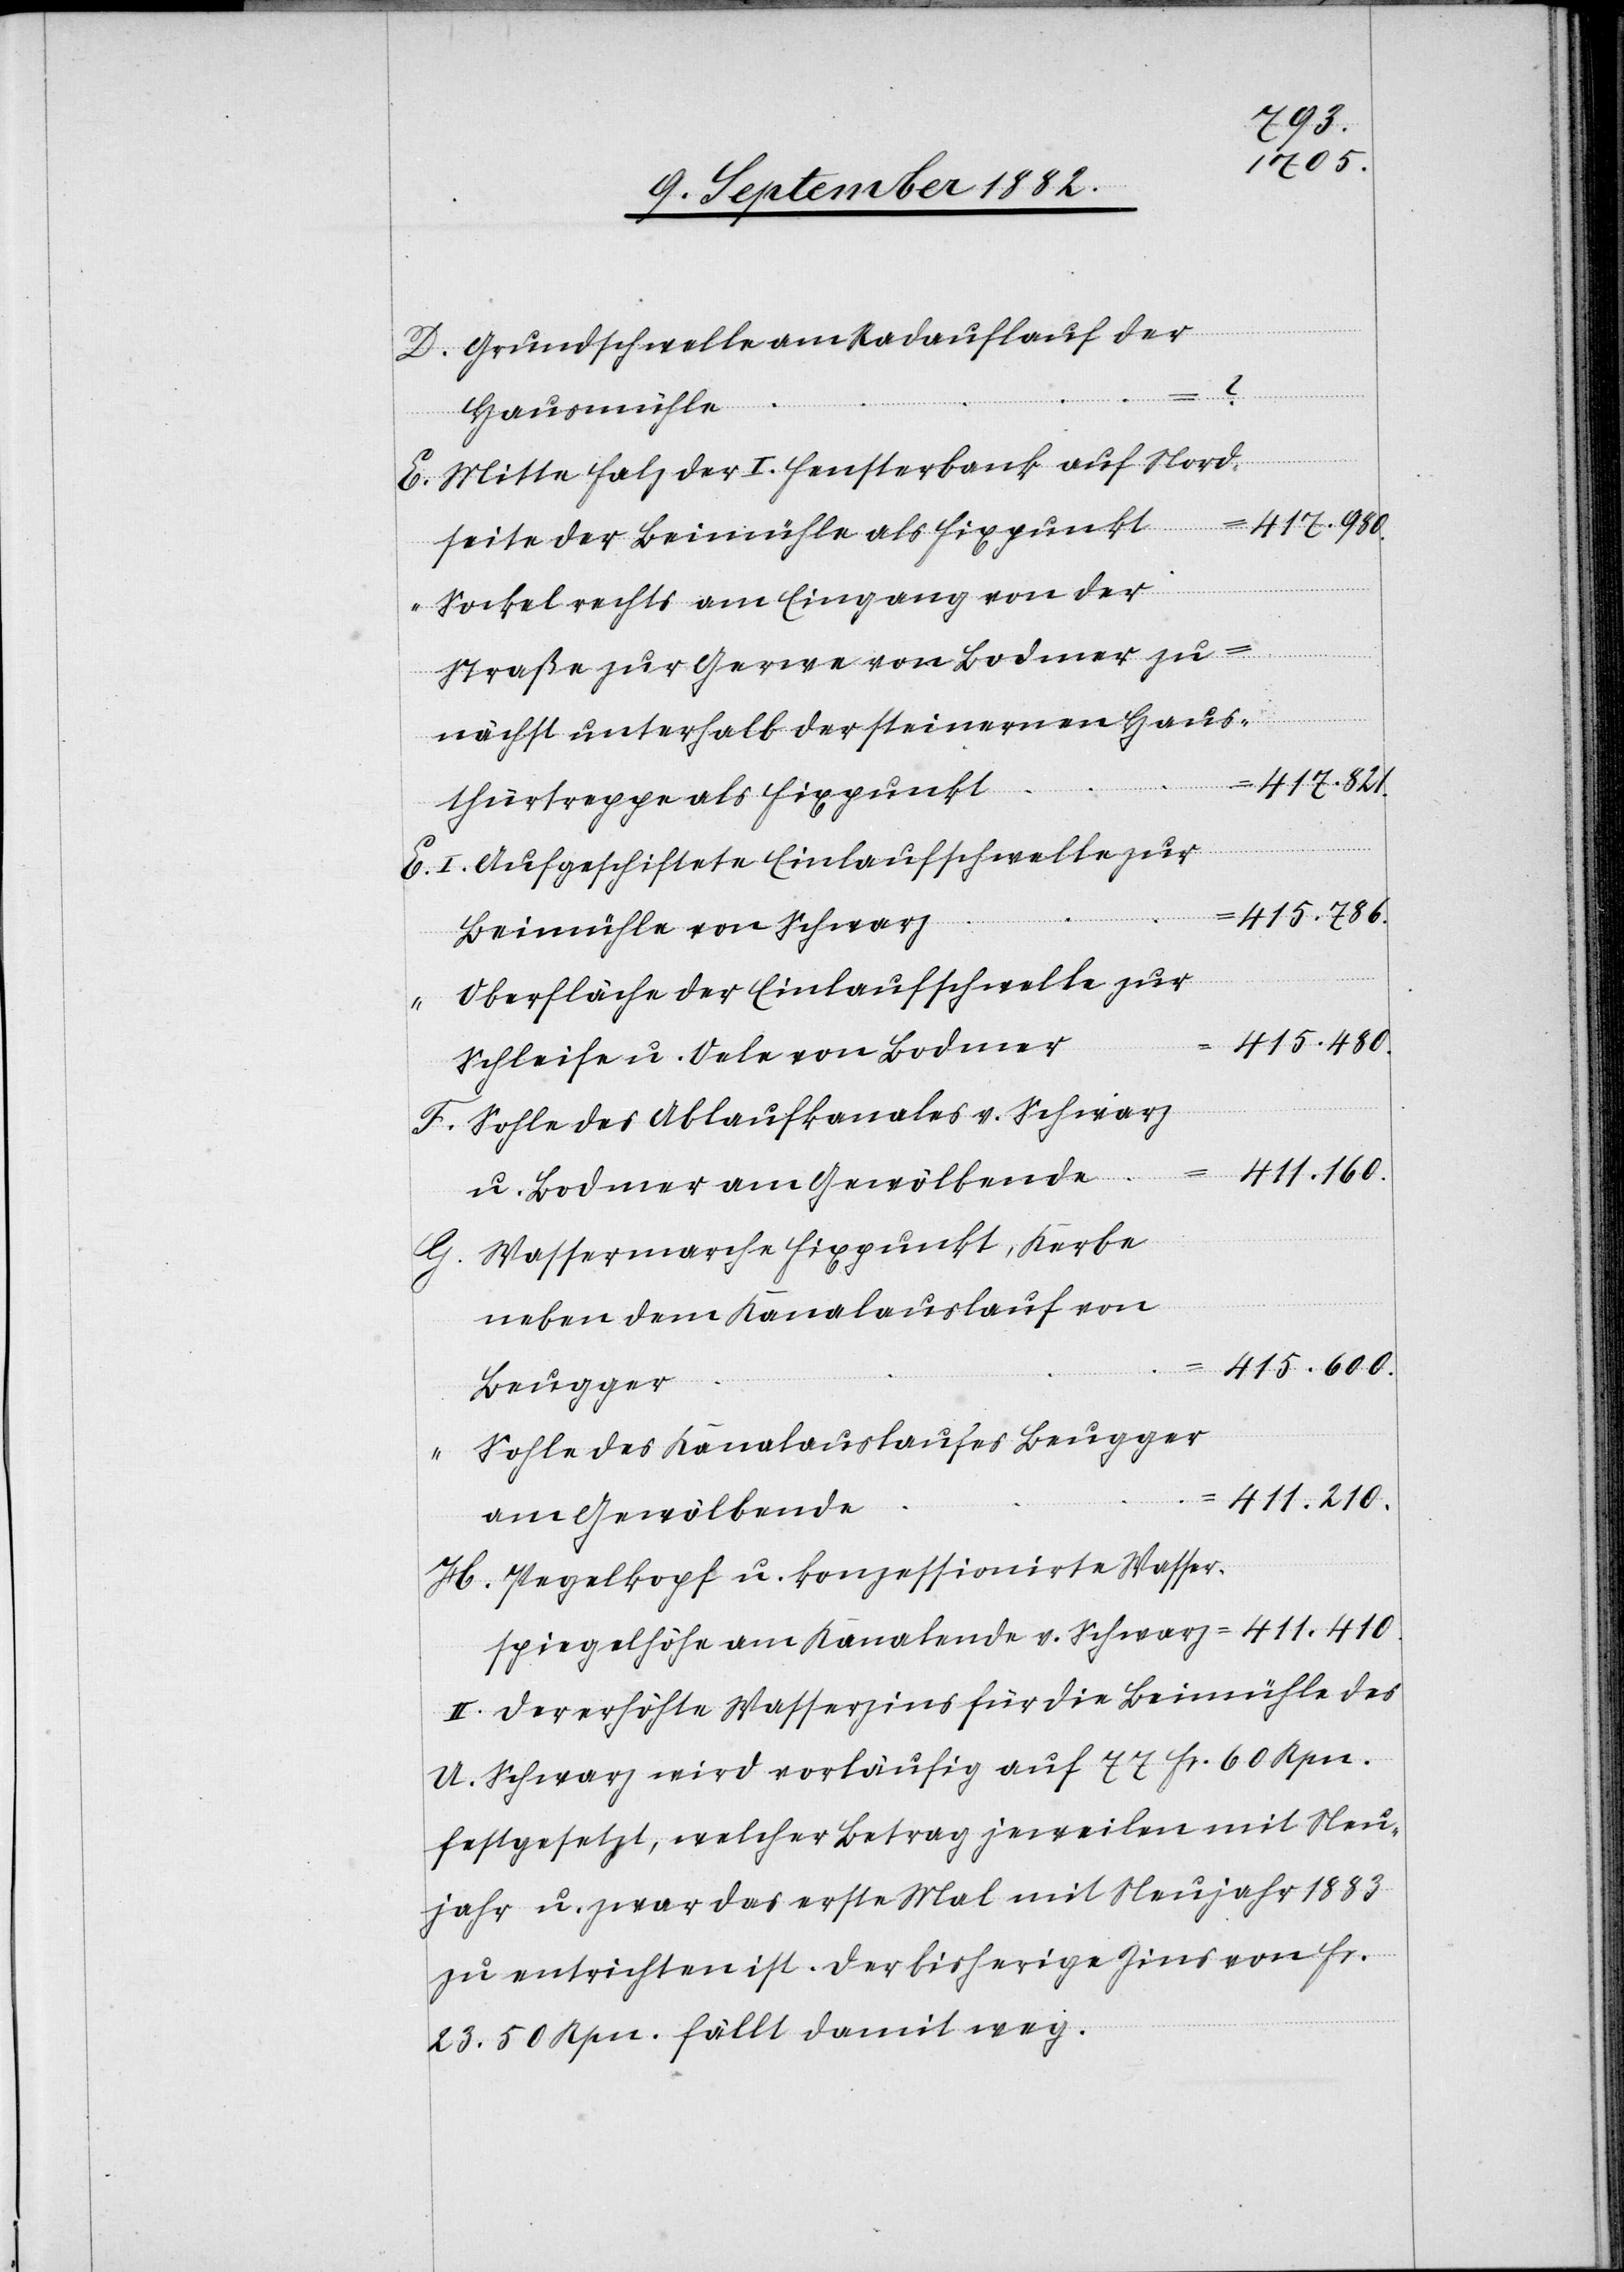
Grundschwelle am Radauflauf der
H.
Hausmühle
Mitte Falz der U. Fensterbank auf Nord¬
seite der Beimühle als Fixpunkt
Sockel rechts am Eingang von der
Straße zur Gerwe von Bodmer zu¬
nächst unterhalb der steinernen Haus¬
411,160
thürtreppe als Fixpunkt
I. Aufgeschichtete Einlaufschwelle zur
415.786
Beimühle von Schwarz
Oberfläche der Einlaufschwelle zur
415.480
Schleife u. Oele von Bodmer
Sohle des Ablaufkanales v. Schwarz
u. Bodmer am Gewölbende
Wassermarche Fixpunkt, Kerbe
neben dem Kanalauslauf von
415.600
“
Beugger
Sohle des Kanalauslaufes Beugger
411.410
am Gewölbende
Pegelkopf u. konzessionirte Wasser¬
spiegelhöhe am Kanalende v. Schwarz
II. Der erhöhte Wasserzins für die Beimühle des
U. Schwarz wird vorläufig auf 77 Fr. 60 Rpn.
festgesetzt, welcher Betrag jeweilen mit Neu¬
jahr u. zwar das erste Mal mit Neujahr 1883
zu entrichten ist. Der bisherige Zins vonFr.
23. 50 Rpn. fällt damit weg.